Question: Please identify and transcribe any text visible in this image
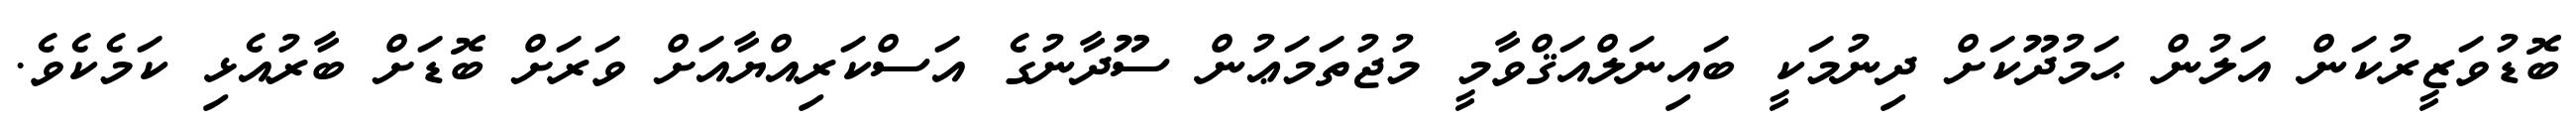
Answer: ބޮޑުވަޒީރުކަން އަލުން ޙަމުދޫކަށް ދިނުމަކީ ބައިނަލްއަޤްވާމީ މުޖުތަމަޢުން ސޫދާނުގެ އަސްކަރިއްޔާއަށް ވަރަށް ބޮޑަށް ބާރުއެޅި ކަމެކެވެ.